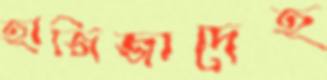
হাজিজাদেহ